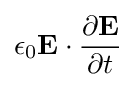
\epsilon _{0}\mathbf {E} \cdot {\frac {\partial \mathbf {E} }{\partial t}}